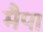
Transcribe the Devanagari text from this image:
मैपा